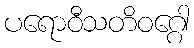
ပရောဝီသတိဝဂ္ဂေါ